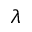
\lambda